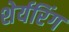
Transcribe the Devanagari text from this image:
शेर्यरिंग